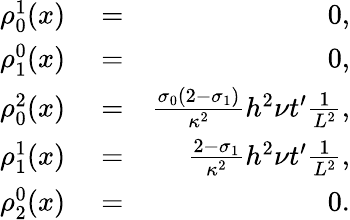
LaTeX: \begin{array}{rlr}{\rho_{0}^{1}(x)}&{{}=}&{0,}\\ {\rho_{1}^{0}(x)}&{{}=}&{0,}\\ {\rho_{0}^{2}(x)}&{{}=}&{\frac{\sigma_{0}(2-\sigma_{1})}{\kappa^{2}}h^{2}\nu t^{\prime}\frac{1}{L^{2}},}\\ {\rho_{1}^{1}(x)}&{{}=}&{\frac{2-\sigma_{1}}{\kappa^{2}}h^{2}\nu t^{\prime}\frac{1}{L^{2}},}\\ {\rho_{2}^{0}(x)}&{{}=}&{0.}\end{array}